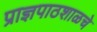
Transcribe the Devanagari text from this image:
प्राज्ञपाठशाळचे